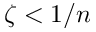
\zeta < 1 / n